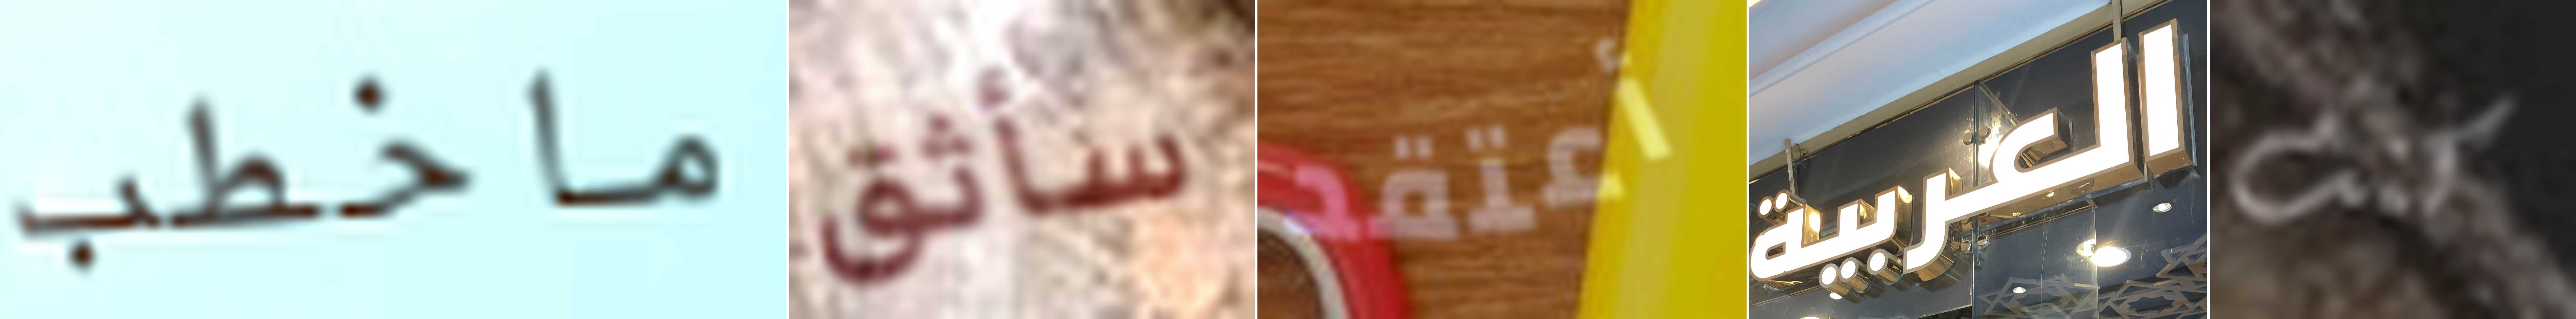
ماخطب سأثق أعتقد العربية كنت